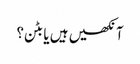
آنکھیں ہیں یا بٹن؟